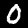
Label: 0